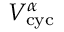
V _ { \mathrm { c y c } } ^ { \alpha }